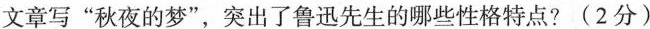
文章写“秋夜的梦”，突出了鲁迅先生的哪些性格特点？ （2分）